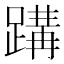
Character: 𮜂